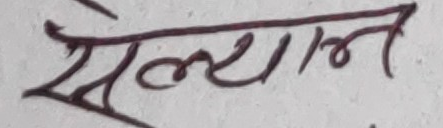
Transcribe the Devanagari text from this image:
सेल्यान